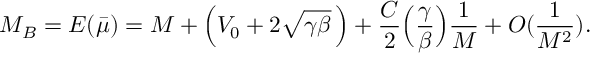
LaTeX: M _ { B } = E ( { \bar { \mu } } ) = M + \Bigl ( V _ { 0 } + 2 \sqrt { \gamma \beta } \, \Bigr ) + { \frac { C } { 2 } } \Bigl ( { \frac { \gamma } { \beta } } \Bigr ) { \frac { 1 } { M } } + O ( { \frac { 1 } { M ^ { 2 } } } ) .